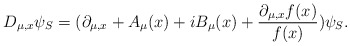
\begin{align*}D_{\mu,x}\psi_{S}= (\partial_{\mu,x}+A_{\mu}(x)+iB_{\mu}(x)+ \frac{\partial_{\mu,x}f(x)}{f(x)})\psi_{S}.\end{align*}